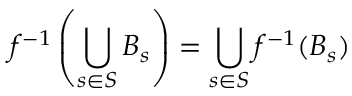
f ^ { - 1 } \left( \bigcup _ { s \in S } B _ { s } \right) = \bigcup _ { s \in S } f ^ { - 1 } ( B _ { s } )